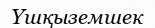
Үшқыземшек